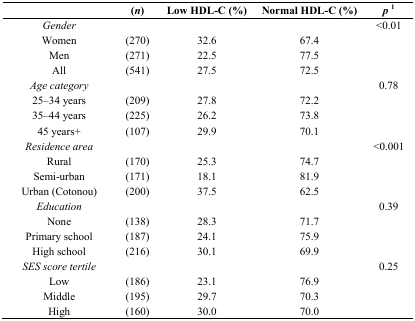
<table><thead><tr><td></td><td><b>(<i>n</i>)</b></td><td><b>Low HDL-C (%)</b></td><td><b>Normal HDL-C (%)</b></td><td><b><i>p</i><sup>1</sup></b></td></tr></thead><tbody><tr><td><i>Gender</i></td><td></td><td></td><td></td><td>&lt;0.01</td></tr><tr><td>Women</td><td>(270)</td><td>32.6</td><td>67.4</td><td rowspan="3"></td></tr><tr><td>Men</td><td>(271)</td><td>22.5</td><td>77.5</td></tr><tr><td>All</td><td>(541)</td><td>27.5</td><td>72.5</td></tr><tr><td><i>Age category</i></td><td></td><td></td><td></td><td>0.78</td></tr><tr><td>25–34 years</td><td>(209)</td><td>27.8</td><td>72.2</td><td rowspan="3"></td></tr><tr><td>35–44 years</td><td>(225)</td><td>26.2</td><td>73.8</td></tr><tr><td>45 years+</td><td>(107)</td><td>29.9</td><td>70.1</td></tr><tr><td><i>Residence area</i></td><td></td><td></td><td></td><td>&lt;0.001</td></tr><tr><td>Rural</td><td>(170)</td><td>25.3</td><td>74.7</td><td rowspan="3"></td></tr><tr><td>Semi-urban</td><td>(171)</td><td>18.1</td><td>81.9</td></tr><tr><td>Urban (Cotonou)</td><td>(200)</td><td>37.5</td><td>62.5</td></tr><tr><td><i>Education</i></td><td></td><td></td><td></td><td>0.39</td></tr><tr><td>None</td><td>(138)</td><td>28.3</td><td>71.7</td><td rowspan="3"></td></tr><tr><td>Primary school</td><td>(187)</td><td>24.1</td><td>75.9</td></tr><tr><td>High school</td><td>(216)</td><td>30.1</td><td>69.9</td></tr><tr><td><i>SES score tertile</i></td><td></td><td></td><td></td><td>0.25</td></tr><tr><td>Low</td><td>(186)</td><td>23.1</td><td>76.9</td><td rowspan="3"></td></tr><tr><td>Middle</td><td>(195)</td><td>29.7</td><td>70.3</td></tr><tr><td>High</td><td>(160)</td><td>30.0</td><td>70.0</td></tr></tbody></table>